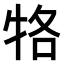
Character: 𤙑